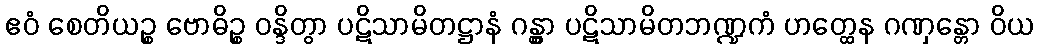
ဧဝံ စေတိယဉ္စ ဗောဓိဉ္စ ဝန္ဒိတွာ ပဋိသာမိတဋ္ဌာနံ ဂန္တွာ ပဋိသာမိတဘဏ္ဍကံ ဟတ္ထေန ဂဏှန္တော ဝိယ